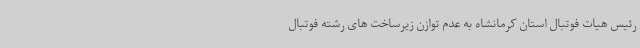
رئیس هیات فوتبال استان کرمانشاه به عدم توازن زیرساخت های رشته فوتبال